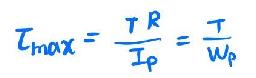
$\tau_{max} = \frac{\tau R}{I_p} = \frac{T}{w_p}$